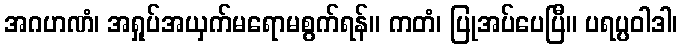
အဂဟဏံ၊ အရှုပ်အယှက်မရောမစွက်ရန်။ ကတံ၊ ပြုအပ်ပေပြီ။ ပရပ္ပဝါဒါ၊